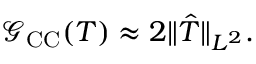
\mathcal G _ { \mathrm { C C } } ( T ) \approx 2 \Vert \hat { T } \Vert _ { L ^ { 2 } } .